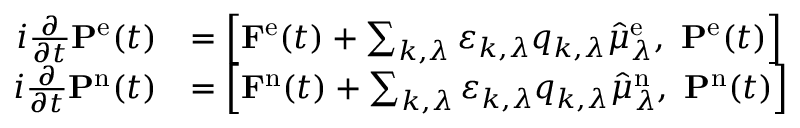
\begin{array} { r l } { i \frac { \partial } { \partial t } \mathbf { P } ^ { \mathrm { e } } ( t ) } & { = \left[ \mathbf { F } ^ { \mathrm { e } } ( t ) + \sum _ { k , \lambda } \varepsilon _ { k , \lambda } q _ { k , \lambda } \hat { \mu } _ { \lambda } ^ { \mathrm { e } } , \ \mathbf { P } ^ { \mathrm { e } } ( t ) \right] } \\ { i \frac { \partial } { \partial t } \mathbf { P } ^ { \mathrm { n } } ( t ) } & { = \left[ \mathbf { F } ^ { \mathrm { n } } ( t ) + \sum _ { k , \lambda } \varepsilon _ { k , \lambda } q _ { k , \lambda } \hat { \mu } _ { \lambda } ^ { \mathrm { n } } , \ \mathbf { P } ^ { \mathrm { n } } ( t ) \right] } \end{array}